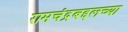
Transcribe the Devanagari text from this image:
रामचंद्रबद्दलच्या